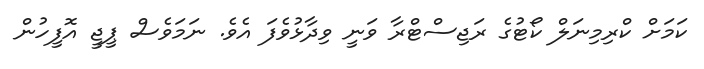
ކަމަށް ކްރިމިނަލް ކޯޓުގެ ރަޖިސްޓްރާ ވަނީ ވިދާޅުވެފަ އެވެ. ނަމަވެސް ޕީޖީ އޮފީހުން